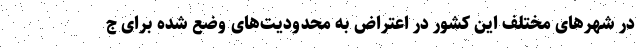
در شهر‌های مختلف این کشور در اعتراض به محدودیت‌های وضع شده برای ج